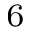
_ 6